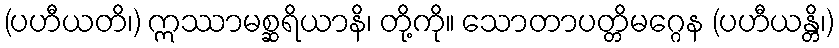
(ပဟီယတိ၊) ဣဿာမစ္ဆရိယာနိ၊ တို့ကို။ သောတာပတ္တိမဂ္ဂေန (ပဟီယန္တိ၊)